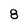
Character: 8